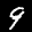
Label: 9